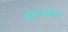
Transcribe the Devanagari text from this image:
सुगंधरहित